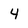
Character: 4